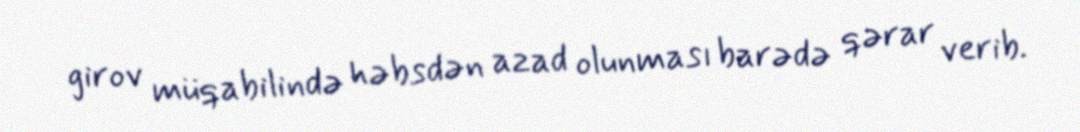
girov müqabilində həbsdən azad olunması barədə qərar verib.